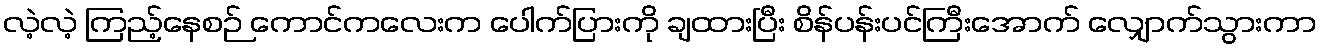
လဲ့လဲ့ ကြည့်နေစဉ် ကောင်ကလေးက ပေါက်ပြားကို ချထားပြီး စိန်ပန်းပင်ကြီးအောက် လျှောက်သွားကာ